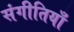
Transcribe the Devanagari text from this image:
संगीतियाँ